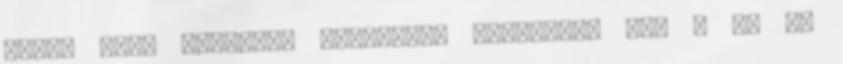
közel 57,5 milliárd forintért vásárolná meg a ČD az